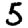
Digit: 5